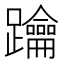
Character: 䠯